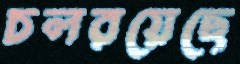
চলরয়েছে